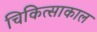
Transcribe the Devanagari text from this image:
चिकित्साकाल